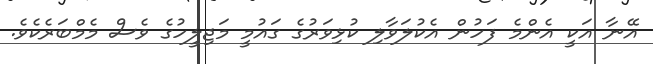
އޭނާ އަކީ އެންމެ ފަހުން އެކުލަވާލި ކުޅިވަރުގެ ގައުމީ މަޖިލީހުގެ ވެސް މެމްބަރެކެވެ.